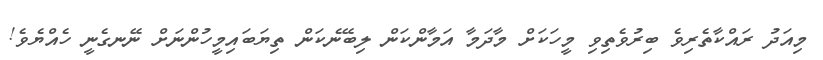
މިއަދު ރައްކާތެރިވެ ބިރުވެތިވި މީހަކަށް މާދަމާ އަމާންކަން ލިބޭނެކަން ތިޔަބައިމީހުންނަށް ނޭނގެނީ ހެއްޔެވެ!